Civil Veterinary Dept. Assam report 1911-1927 - 1911-1927
Year: 1911
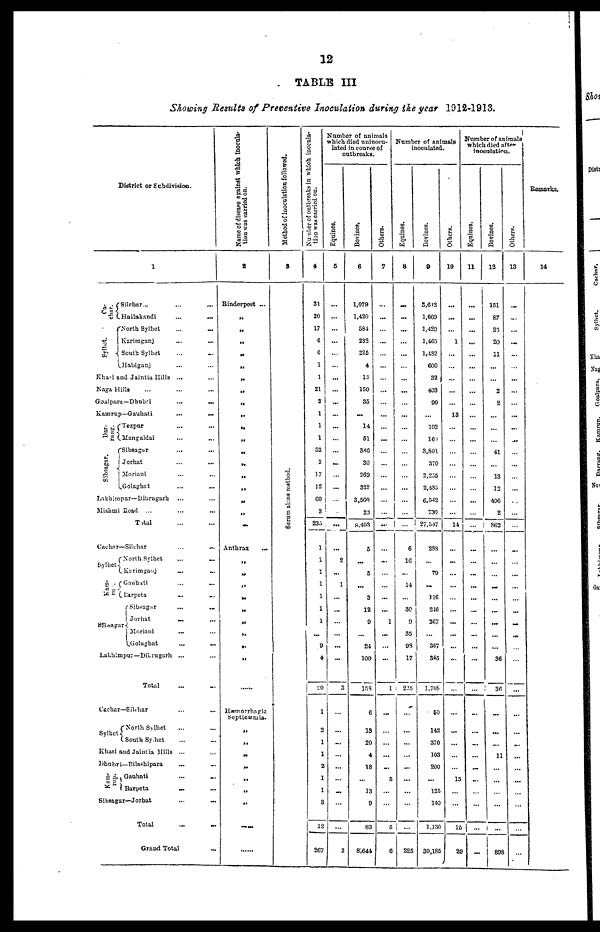
12
TABLE III
Showing Results of Preventive Inoculation during the year 1912-1913.
District or Subdivision.
Ca-
char.
Sylhet.
1
Silchar ... ... ...
Hailakandi
... ... ...
North Sylhet
... ... ....
Kariraganj ... ... ...
South Sylhet ... ...
Habiganj ... ...
Khasi and Jaintia Hills ... ...
Naga Hills ... ... ...
Goalpara—Dhubri
...
...
Kamrup—Gauhati
...
...
Dar.
Sibsagar.
Tezpur ... ...
Mangaldai ... ...
Sibsagar ... ...
Jorhat ... ...
Moriani ... ...
Golaghat ... ...
Lnkhimpar—Dibrugarh
... ...
Mishmi Road ... ... ...
Total ... ....
Canchar—Silchar
...
...
Sylhet-
Kam-
Sibsagar
North Sylhet
...
...
Kurimgauj ... ...
Gauhati ... ...
Barpeta ... ...
Sibsagar ... ...
Jorhat ... ...
Moriani ... ...
Golaghat ... ...
Lakhimpur—Dilrugarh ... ...
Total ... ...
Cachar—Silchar ... ...
Sylhet
North Sylhet ... ...
South Sylhet ... ...
Khasi and Jaintia Hills ... ...
Dhubri—Bilashipara ... ...
----
--p.
Gauhati ... ...
Barpeta
...
...
Sibsagar—Jorhat ... ...
Total
... ...
Grand Total ...
Name
of disease against which inocula-
tion was carried on.
2
Rinderpest ...
„
„
„
„
„
„
„
„
„
„
„
„
„
„
„
„
...
Anthrax
...
„
„
„
„
„
„
„
„
„
Hæmorrhagic
Septicæmia.
„
„
„
„
„
„
„
.....
.....
Method Of Inoculation followed,
3
Serum alone method.
Number of outbreaks in which inocula-
tion was carried on.
4
31
20
17
6
6
1
1
21
2
1
1
1
82
3
17
12
60
3
235
1
I
1
1
1
1
1
...
9
4
20
1
2
1
1
2
1
1
3
12
267
Numb
which
lated in
outbre
Equines.
5
...
...
...
...
...
...
...
...
...
...
...
...
...
...
..
...
...
...
...
....
2
...
1
...
...
...
...
...
...
3
...
...
...
...
...
...
...
...
...
3
Bovines.
6
1,079
1,420
584
232
225
4
13
150
85
...
14
51
386
30
269
328
3,560
2.1
8,403
5
...
5
...
3
12
9
...
24
100
158
6
13
20
4
18
...
13
9
83
8,644
Others.
7
...
...
...
...
...
...
...
...
...
...
...
...
...
...
...
...
...
...
...
...
...
...
...
...
...
1
...
...
...
1
...
....
...
...
...
5
...
...
5
6
Number of animals
inoculated.
Equines.
8
...
...
...
...
...
...
...
...
...
...
...
...
...
...
...
...
...
...
...
6
16
...
14
...
30
9
35
98
17
225
...
...
...
...
...
...
...
...
...
225
Bovines.
9
3,642
1,669
1,429
1,465
1,482
600
32
403
90
...
192
160
3,801
370
2,255
2,485
6,542
730
27,347
288
...
79
...
116
216
267
...
367
34
1,708
60
142
370
103
200
...
125
140
1,130
30,185
Others.
10
...
...
...
1
...
...
...
...
...
13
...
...
...
...
...
...
....
...
14
...
...
...
...
...
...
...
...
...
...
...
...
...
...
...
...
15
...
...
15
29
Number of a
which died a
inoculation
Equines.
11
...
...
...
...
...
...
...
...
...
...
...
...
...
...
...
...
...
...
...
....
...
...
...
...
...
...
...
...
...
...
...
....
...
...
...
...
...
...
...
...
Bovines.
12
151
87
25
20
11
...
...
2
2
...
...
...
41
...
13
12
496
2
862
...
...
...
...
...
...
...
...
...
36
36
...
...
...
11
...
...
...
...
...
898
Others.
13
...
...
...
...
...
...
...
...
...
...
...
...
...
...
...
...
...
...
...
...
...
...
...
....
...
...
...
...
...
...
...
...
...
...
...
...
...
...
...
...
Remarks.
14